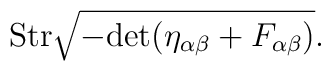
{\rm Str} \sqrt{-{\rm det} ( \eta_{\alpha\beta} + F_{\alpha\beta})}.